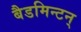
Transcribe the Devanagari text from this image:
बैडमिन्टन्